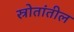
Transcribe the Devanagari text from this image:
स्रोतांतील